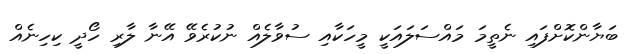
ބަޔާންކޮށްފައި ނެތީމަ މައްސަލައަކީ މީހަކާއި ސުވާލެއް ނުކުރެވޭ އޭނާ ލާރި ހޯދީ ކިހިނެއް